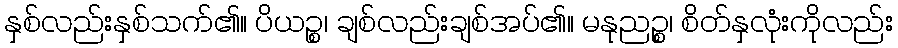
နှစ်လည်းနှစ်သက်၏။ ပိယဉ္စ၊ ချစ်လည်းချစ်အပ်၏။ မနုညဉ္စ၊ စိတ်နှလုံးကိုလည်း